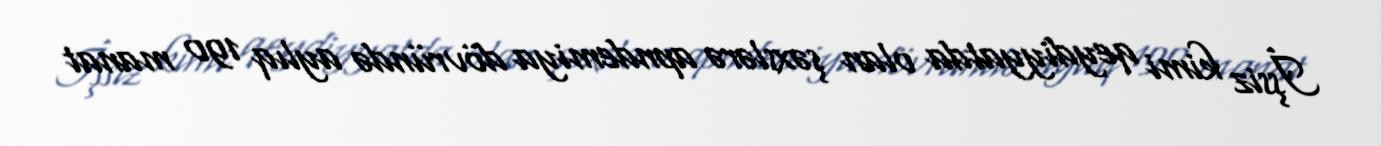
İşsiz kimi qeydiyyatda olan şəxslərə apndemiya dövründə aylıq 190 manat